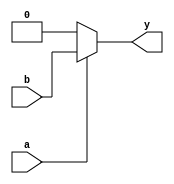
module opt_check1 (
	input 	a , 
	input 	b , 
	output 	y
);
	assign y = a?b:0;
endmodule